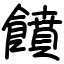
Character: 饙